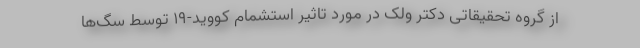
از گروه تحقیقاتی دکتر ولک در مورد تاثیر استشمام کووید-۱۹ توسط سگ‌ها